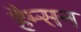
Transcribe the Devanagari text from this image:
हैम्सन